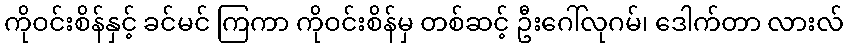
ကိုဝင်းစိန်နှင့် ခင်မင် ကြကာ ကိုဝင်းစိန်မှ တစ်ဆင့် ဦးဂေါ်လုဂမ်၊ ဒေါက်တာ လားလ်